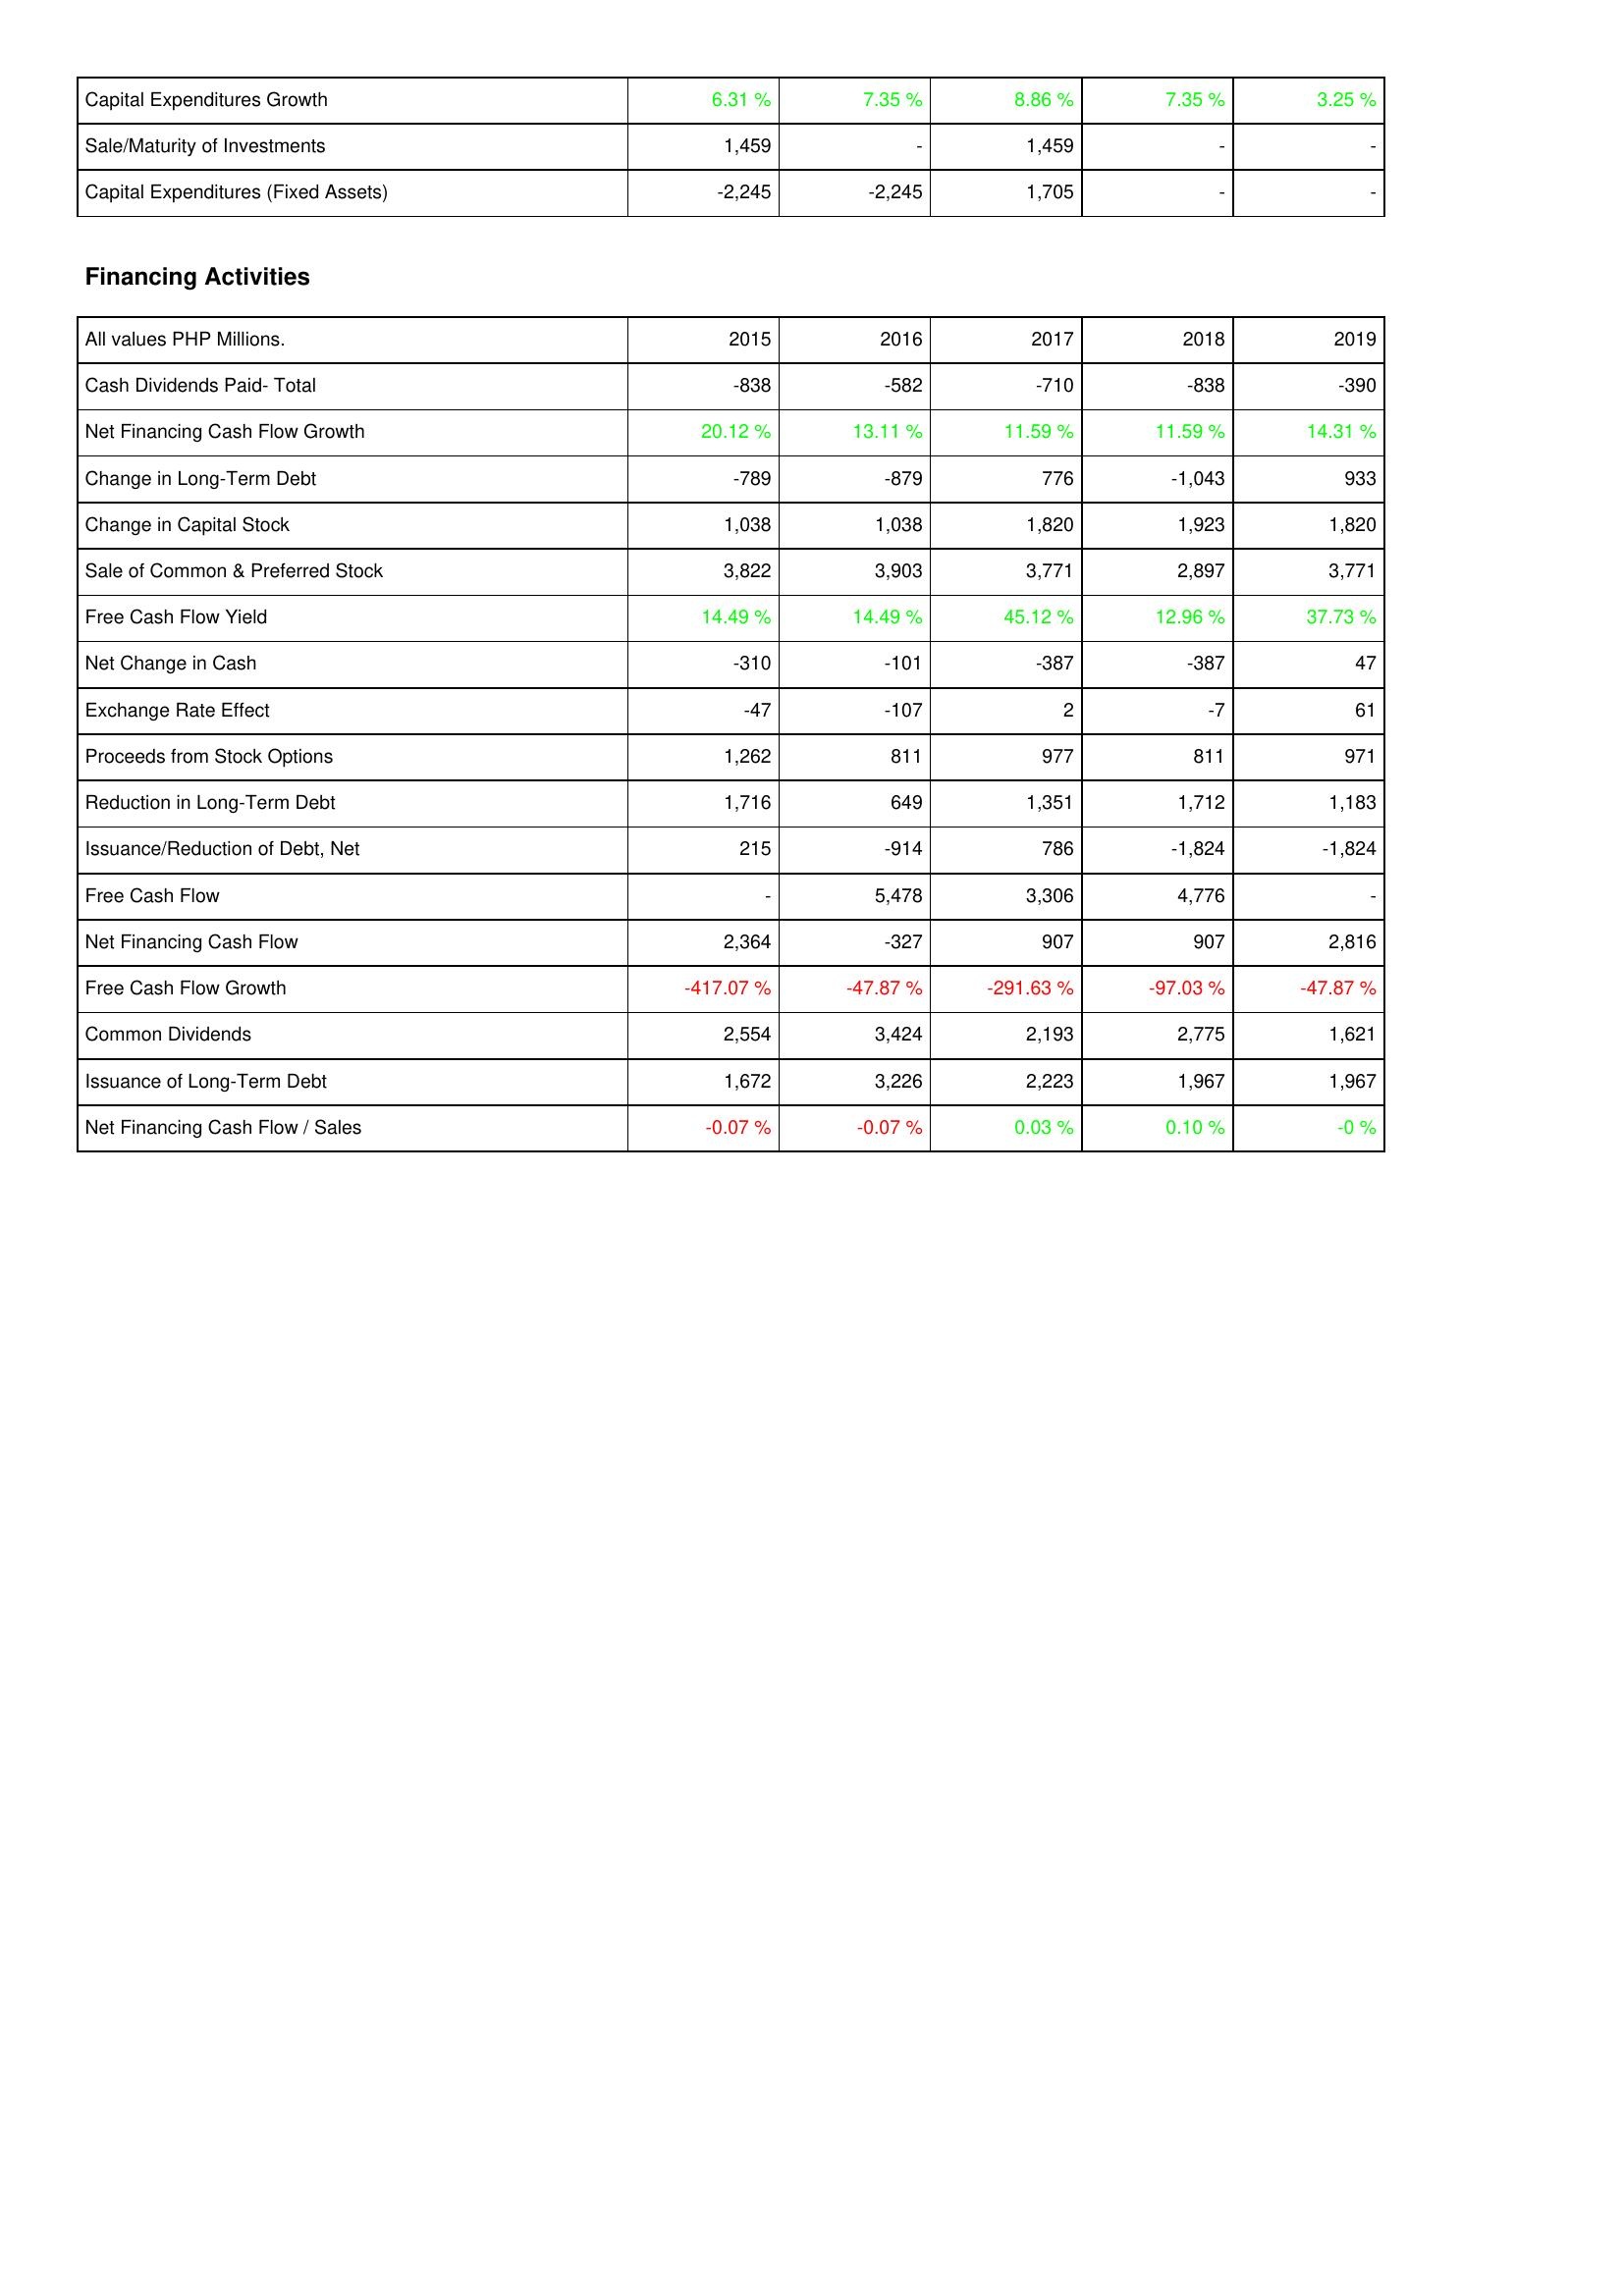
2015: Investing Activities: Capital Expenditures Growth: 6.31 %
Sale/Maturity of Investments: 1,459
Capital Expenditures (Fixed Assets): -2,245
Financing Activities: Cash Dividends Paid- Total: -838
Net Financing Cash Flow Growth: 20.12 %
Change in Long-Term Debt: -789
Change in Capital Stock: 1,038
Sale of Common & Preferred Stock: 3,822
Free Cash Flow Yield: 14.49 %
Net Change in Cash: -310
Exchange Rate Effect: -47
Proceeds from Stock Options: 1,262
Reduction in Long-Term Debt: 1,716
Issuance/Reduction of Debt, Net: 215
Free Cash Flow: -
Net Financing Cash Flow: 2,364
Free Cash Flow Growth: -417.07 %
Common Dividends: 2,554
Issuance of Long-Term Debt: 1,672
Net Financing Cash Flow / Sales: -0.07 %
2016: Investing Activities: Capital Expenditures Growth: 7.35 %
Sale/Maturity of Investments: -
Capital Expenditures (Fixed Assets): -2,245
Financing Activities: Cash Dividends Paid- Total: -582
Net Financing Cash Flow Growth: 13.11 %
Change in Long-Term Debt: -879
Change in Capital Stock: 1,038
Sale of Common & Preferred Stock: 3,903
Free Cash Flow Yield: 14.49 %
Net Change in Cash: -101
Exchange Rate Effect: -107
Proceeds from Stock Options: 811
Reduction in Long-Term Debt: 649
Issuance/Reduction of Debt, Net: -914
Free Cash Flow: 5,478
Net Financing Cash Flow: -327
Free Cash Flow Growth: -47.87 %
Common Dividends: 3,424
Issuance of Long-Term Debt: 3,226
Net Financing Cash Flow / Sales: -0.07 %
2017: Investing Activities: Capital Expenditures Growth: 8.86 %
Sale/Maturity of Investments: 1,459
Capital Expenditures (Fixed Assets): 1,705
Financing Activities: Cash Dividends Paid- Total: -710
Net Financing Cash Flow Growth: 11.59 %
Change in Long-Term Debt: 776
Change in Capital Stock: 1,820
Sale of Common & Preferred Stock: 3,771
Free Cash Flow Yield: 45.12 %
Net Change in Cash: -387
Exchange Rate Effect: 2
Proceeds from Stock Options: 977
Reduction in Long-Term Debt: 1,351
Issuance/Reduction of Debt, Net: 786
Free Cash Flow: 3,306
Net Financing Cash Flow: 907
Free Cash Flow Growth: -291.63 %
Common Dividends: 2,193
Issuance of Long-Term Debt: 2,223
Net Financing Cash Flow / Sales: 0.03 %
2018: Investing Activities: Capital Expenditures Growth: 7.35 %
Sale/Maturity of Investments: -
Capital Expenditures (Fixed Assets): -
Financing Activities: Cash Dividends Paid- Total: -838
Net Financing Cash Flow Growth: 11.59 %
Change in Long-Term Debt: -1,043
Change in Capital Stock: 1,923
Sale of Common & Preferred Stock: 2,897
Free Cash Flow Yield: 12.96 %
Net Change in Cash: -387
Exchange Rate Effect: -7
Proceeds from Stock Options: 811
Reduction in Long-Term Debt: 1,712
Issuance/Reduction of Debt, Net: -1,824
Free Cash Flow: 4,776
Net Financing Cash Flow: 907
Free Cash Flow Growth: -97.03 %
Common Dividends: 2,775
Issuance of Long-Term Debt: 1,967
Net Financing Cash Flow / Sales: 0.10 %
2019: Investing Activities: Capital Expenditures Growth: 3.25 %
Sale/Maturity of Investments: -
Capital Expenditures (Fixed Assets): -
Financing Activities: Cash Dividends Paid- Total: -390
Net Financing Cash Flow Growth: 14.31 %
Change in Long-Term Debt: 933
Change in Capital Stock: 1,820
Sale of Common & Preferred Stock: 3,771
Free Cash Flow Yield: 37.73 %
Net Change in Cash: 47
Exchange Rate Effect: 61
Proceeds from Stock Options: 971
Reduction in Long-Term Debt: 1,183
Issuance/Reduction of Debt, Net: -1,824
Free Cash Flow: -
Net Financing Cash Flow: 2,816
Free Cash Flow Growth: -47.87 %
Common Dividends: 1,621
Issuance of Long-Term Debt: 1,967
Net Financing Cash Flow / Sales: -0 %